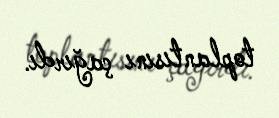
toplantısını çağırdı.